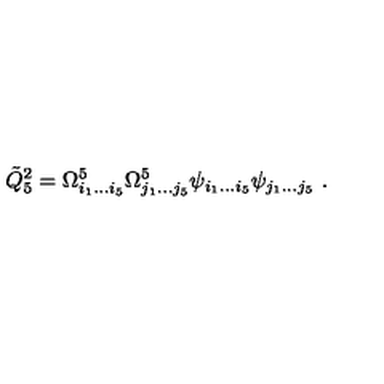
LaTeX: { \tilde { Q } } _ { 5 } ^ { 2 } = \Omega _ { i _ { 1 } \dots i _ { 5 } } ^ { 5 } \Omega _ { j _ { 1 } \dots j _ { 5 } } ^ { 5 } \psi _ { i _ { 1 } \dots i _ { 5 } } \psi _ { j _ { 1 } \dots j _ { 5 } } \ .